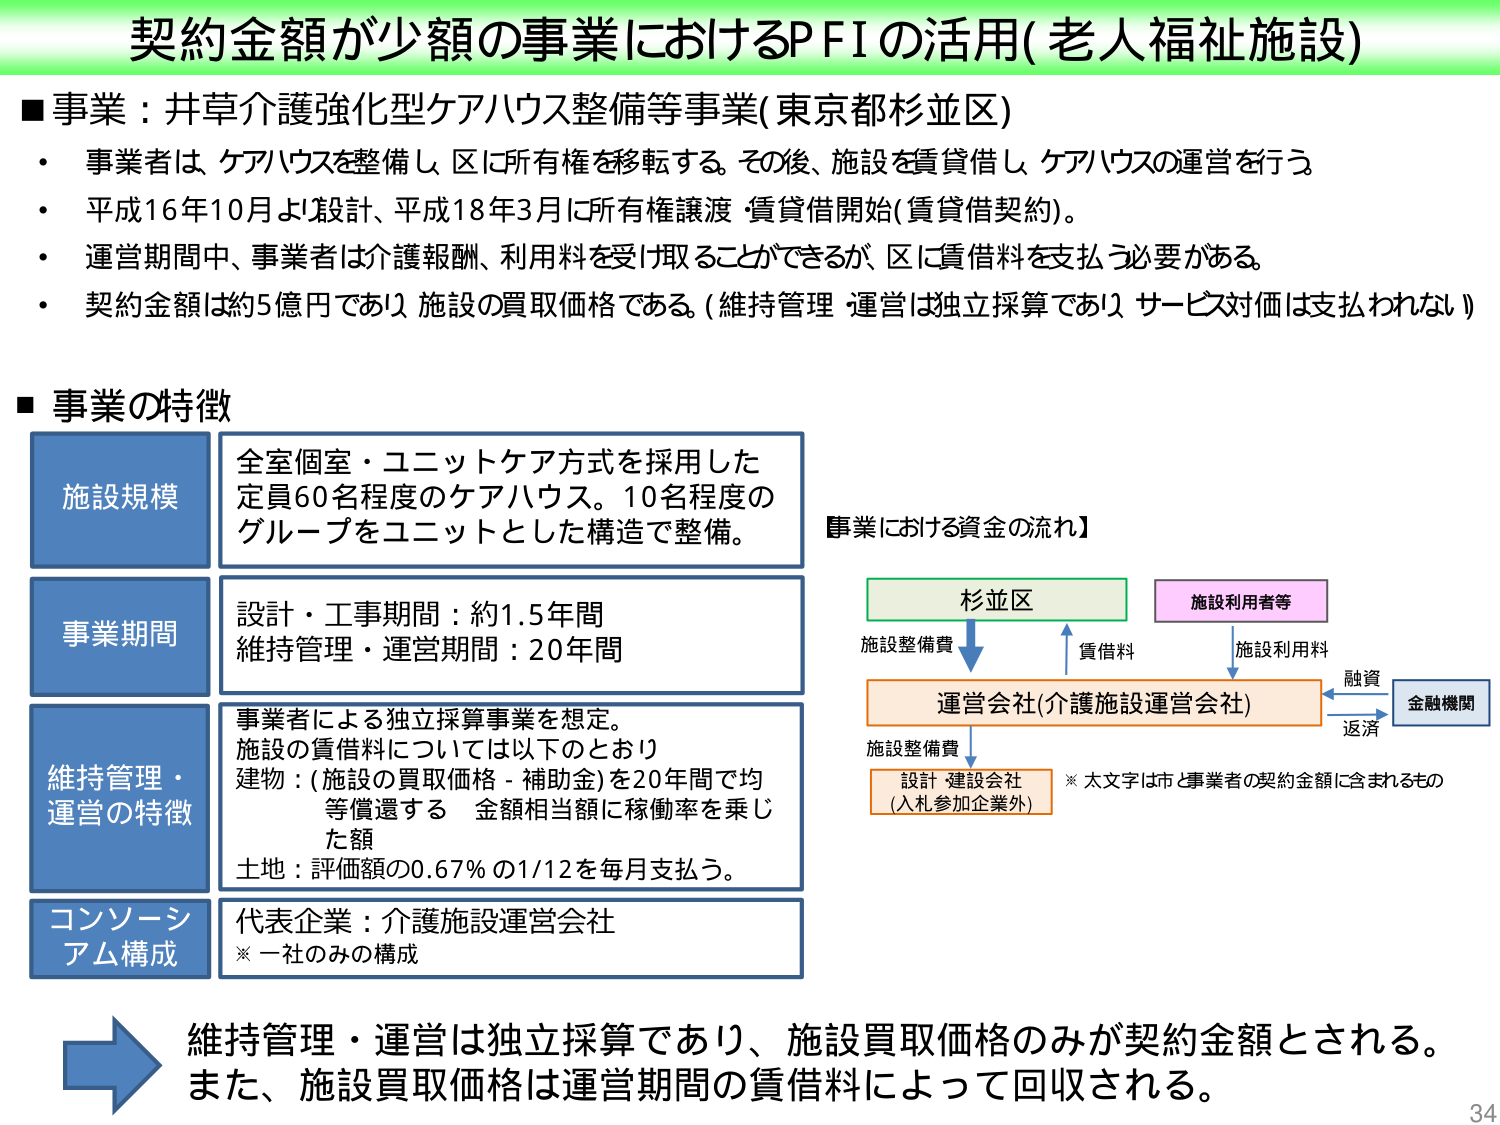
契約金額が少額の事業におけるPFIの活用(老人福祉施設)

■事業：井草介護強化型ケアハウス整備等事業(東京都杉並区)
・事業者は、ケアハウスを整備し、区に所有権を移転する。その後、施設を賃貸借し、ケアハウスの運営を行う。
・平成16年10月より設計、平成18年3月に所有権譲渡・賃貸借開始(賃貸借契約)。
・運営期間中、事業者は介護報酬、利用料を受け取ることができるが、区に賃借料を支払う必要がある。
・契約金額は約5億円であり、施設の買取価格である。(維持管理・運営は独立採算であり、サービス対価は支払われない)

■事業の特徴

施設規模
全室個室・ユニットケア方式を採用した
定員60名程度のケアハウス。10名程度の
グループをユニットとした構造で整備。

事業期間
設計・工事期間：約1.5年間
維持管理・運営期間：20年間

維持管理・
運営の特徴
事業者による独立採算事業を想定。
施設の賃借料については以下のとおり
建物：(施設の買取価格－補助金)を20年間で均
等償還する　金額相当額に稼働率を乗じ
た額
土地：評価額の0.67％の1/12を毎月支払う。

コンソーシアム構成
代表企業：介護施設運営会社
※一社のみの構成

【事業における資金の流れ】
杉並区
施設整備費
↓
運営会社(介護施設運営会社)
施設整備費
↓
設計・建設会社
(入札参加企業外)
※太文字は市と事業者の契約金額に含まれるもの
↑
賃借料
施設利用者等
↓
施設利用料
←→
融資
金融機関
返済

維持管理・運営は独立採算であり、施設買取価格のみが契約金額とされる。
また、施設買取価格は運営期間の賃借料によって回収される。

34